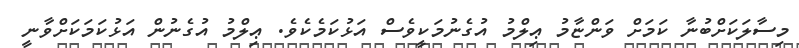
މިސާލަކަށްބުނާ ކަމަށް ވަންޏާމު ޢިލްމު އުގެނުމަކީވެސް އަޅުކަމެކެވެ. ޢިލްމު އުގެނުން އަޅުކަމަކަށްވާނީ